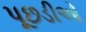
પૂછડીઓ